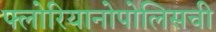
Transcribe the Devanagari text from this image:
फ्लोरियानोपोलिसची